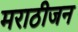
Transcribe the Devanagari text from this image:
मराठीजन